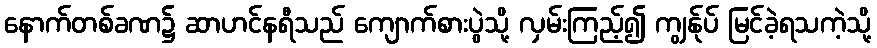
နောက်တစ်ခဏ၌ ဆာဟင်နရီသည် ကျောက်စားပွဲသို့ လှမ်းကြည့်၍ ကျွန်ုပ် မြင်ခဲ့ရသကဲ့သို့